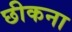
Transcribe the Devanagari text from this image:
छीकना